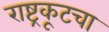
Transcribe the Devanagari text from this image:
राष्ट्रकूटचा